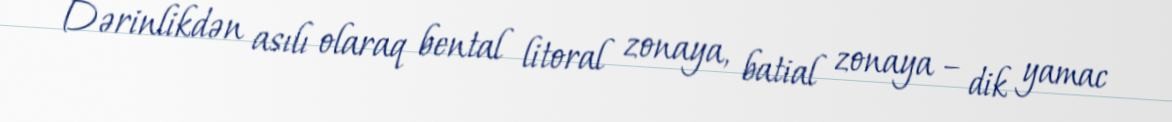
Dərinlikdən asılı olaraq bental litoral zonaya, batial zonaya – dik yamac